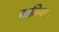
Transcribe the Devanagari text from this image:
जफ़्रीया